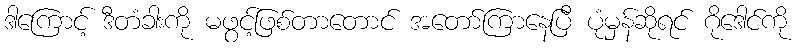
ဒါကြောင့် ဒီတံခါးကို မဖွင့်ဖြစ်တာတောင် အတော်ကြာနေပြီ ပုံမှန်ဆိုရင် ဂိုဒေါင်ကို